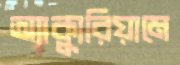
অ্যাক্যুরিয়ামে